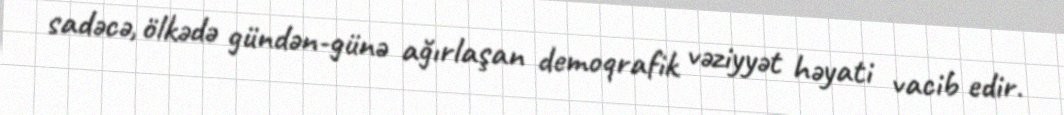
sadəcə, ölkədə gündən-günə ağırlaşan demoqrafik vəziyyət həyati vacib edir.